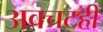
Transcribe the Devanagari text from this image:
अवचटही